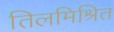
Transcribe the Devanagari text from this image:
तिलमिश्रित